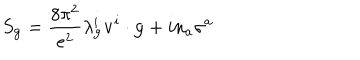
LaTeX: S _ { \bf g } = \frac { 8 \pi ^ { 2 } } { e ^ { 2 } } \lambda _ { \bf g } ^ { i } { \bf v } ^ { i } \cdot { \bf g } + i n _ { a } \sigma ^ { a }